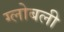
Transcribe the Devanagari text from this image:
ग्लोबली